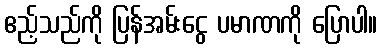
ဧည့်သည်ကို ပြန်အမ်းငွေ ပမာဏကို ပြောပါ။